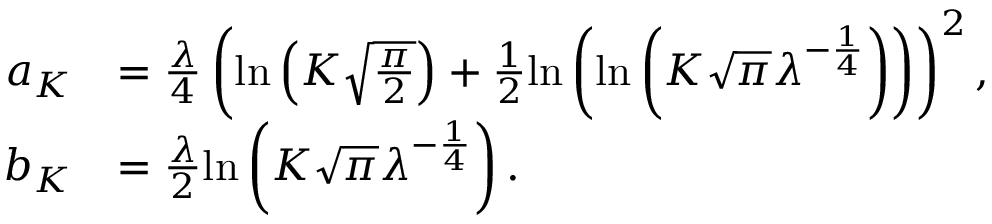
\begin{array} { r l } { a _ { K } } & { = \frac { \lambda } { 4 } \left( \mathrm { l n } \left( K \sqrt { \frac { \pi } { 2 } } \right) + \frac { 1 } { 2 } \mathrm { l n } \left( \mathrm { l n } \left( K \sqrt { \pi } \lambda ^ { - \frac { 1 } { 4 } } \right) \right) \right) ^ { 2 } , } \\ { b _ { K } } & { = \frac { \lambda } { 2 } \mathrm { l n } \left( K \sqrt { \pi } \lambda ^ { - \frac { 1 } { 4 } } \right) . } \end{array}